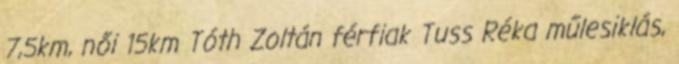
7,5km, női 15km Tóth Zoltán férfiak Tuss Réka műlesiklás,